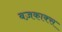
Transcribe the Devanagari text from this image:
बज़काक्स